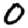
Digit: 0